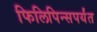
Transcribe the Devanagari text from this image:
फिलिपिन्सपर्यंत